Lunatic asylums Central Provinces reports 1886-1894 - 1886-1894
Year: 1886
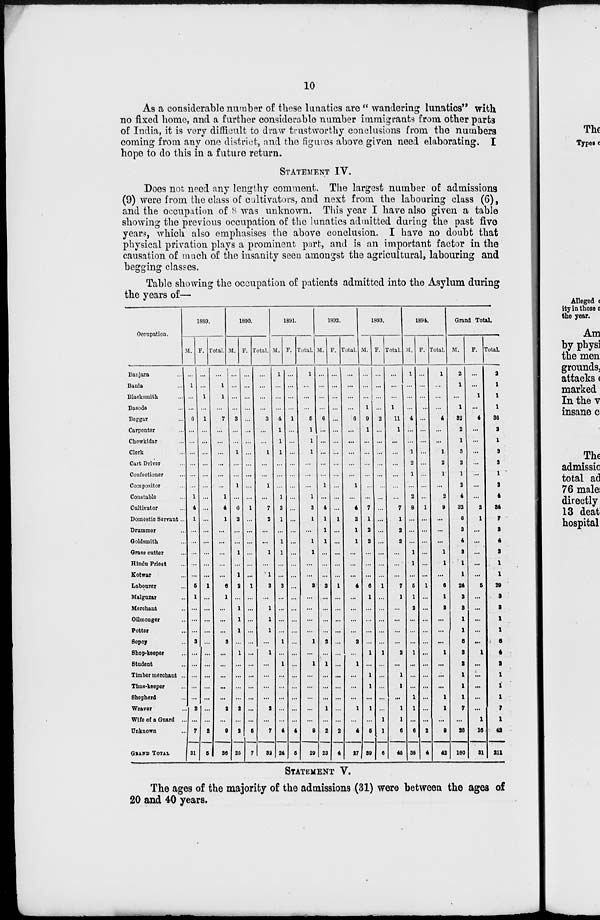
10
As a considerable number of these lunatics are " wandering lunatics" with
no fixed home, and a further considerable number immigrants from other parts
of India, it is very difficult to draw trustworthy conclusions from the numbers
coming from any one district, and the figures above given need elaborating. I
hope to do this in a future return.
STATEMENT IV.
Does not need any lengthy comment. The largest number of admissions
(9) were from the class of cultivators, and next from the labouring class (6),
and the occupation of 8 was unknown. This year I have also given a table
showing the previous occupation of the lunatics admitted during the past five
years, which also emphasises the above conclusion. I have no doubt that
physical privation plays a prominent part, and is an important factor in the
causation of much of the insanity seen amongst the agricultural, labouring and
begging classes.
Table showing the occupation of patients admitted into the Asylum during
the years of—
Occupation.
Banjara
...
Bania ...
Blacksmith ...
Basode ...
Beggar ...
Carpenter ...
Chowkidar ...
Clerk ...
Cart Driver ...
Confectioner ...
Compositor ...
Constable ...
Cultivator ...
Domestic Servant ...
Drummer ...
Goldsmith ...
Grass cutter ...
Hindu Priest ...
Kotwar ...
Labourer ...
Malguzar ...
Merchant ...
Oilmonger ...
Potter ...
Sepoy ...
Shop-keeper ...
Student ...
Timber merchant ...
Time-keeper ...
Shepherd ...
Weaver ...
Wife of a Guard ...
Unknown ...
GRAND TOTAL
1889.
M.
...
1
...
...
6
...
...
...
...
...
...
1
4
1
...
...
...
...
...
5
1
...
...
...
3
...
...
...
...
...
2
...
7
31
F.
...
...
1
...
1
...
...
...
...
...
...
...
...
...
...
...
...
...
...
1
...
...
...
...
...
...
...
...
...
...
...
...
2
5
Total.
...
1
1
...
7
...
...
...
...
...
...
1
4
1
...
...
...
...
...
6
1
...
...
...
3
...
...
...
...
...
2
...
9
36
1890.
M.
...
...
...
...
3
...
...
1
...
...
1
...
6
2
...
...
1
...
1
2
...
1
1
1
...
1
...
...
...
...
2
...
2
25
F.
...
...
...
...
...
...
...
...
...
...
...
...
1
...
...
...
...
...
...
1
...
...
...
...
...
...
...
...
...
...
...
...
5
7
Total.
...
...
...
...
3
...
...
1
...
...
1
...
7
2
...
...
1
...
1
3
...
1
1
1
...
1
...
...
...
...
2
...
7
32
1891.
M.
1
...
...
...
4
1
1
1
...
...
...
1
3
1
...
1
1
...
...
3
...
...
...
...
1
...
1
...
...
...
...
...
4
24
F.
...
...
...
...
1
...
...
...
...
...
...
...
...
...
...
...
...
...
...
...
...
...
...
...
...
...
...
...
...
...
...
...
4
5
Total.
1
...
...
...
5
1
1
1
...
...
...
1
3
1
...
1
1
...
...
3
...
...
...
...
1
...
1
...
...
...
...
...
8
29
1892.
M.
...
...
...
...
6
...
...
...
...
...
1
...
4
1
1
1
...
...
...
3
...
...
...
...
2
...
1
...
...
...
1
...
2
23
F.
...
...
...
...
...
...
...
...
...
...
...
...
...
1
...
...
...
...
...
1
...
...
...
...
...
...
...
...
...
...
...
...
2
4
Total.
...
...
...
...
6
...
...
...
...
...
1
...
4
2
1
1
...
...
...
4
...
...
...
...
2
...
1
...
...
...
1
...
4
27
1893.
M.
...
...
...
1
9
1
...
...
...
...
...
...
7
1
2
2
...
...
...
6
1
...
...
...
...
1
...
1
1
...
1
...
5
39
F.
...
...
...
...
2
...
...
...
...
...
...
...
...
...
...
...
...
...
...
1
...
...
...
...
...
1
...
...
...
...
...
1
1
6
Total.
...
...
...
1
11
1
...
...
...
...
...
...
7
1
2
2
...
...
...
7
1
...
...
...
...
2
...
1
1
...
1
1
6
45
1894.
M.
1
...
...
...
4
...
...
1
2
1
...
2
8
...
...
...
1
1
...
5
1
2
...
...
...
1
...
...
...
1
1
...
6
38
F.
...
...
...
...
...
...
...
...
...
...
...
...
1
...
...
...
...
...
...
1
...
...
...
...
...
...
...
...
...
...
...
...
2
4
Total.
1
...
...
...
4
...
...
1
2
1
...
2
9
...
...
...
1
1
...
6
1
2
...
...
...
1
...
...
...
1
1
...
8
42
Grand Total.
M.
2
1
...
1
32
2
1
3
2
1
2
4
32
6
3
4
3
1
1
24
3
3
1
1
6
3
2
1
1
1
7
...
26
180
F.
...
...
1
...
4
...
...
...
...
...
...
...
2
1
...
...
...
...
...
5
...
...
...
...
...
1
...
...
...
...
...
1
16
31
Total.
2
1
1
1
36
2
1
3
2
1
2
4
34
7
3
4
3
1
1
29
3
3
1
1
6
4
2
1
1
1
7
1
42
211
STATEMENT V.
The ages of the majority of the admissions (31) were between the ages of
20 and 40 years.